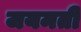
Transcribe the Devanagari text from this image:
जयमती